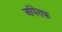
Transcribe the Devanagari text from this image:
ऑपेराफ़